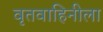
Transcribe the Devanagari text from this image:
वृतवाहिनीला